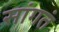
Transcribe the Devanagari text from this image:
सांगतं